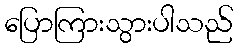
ပြောကြားသွားပါသည်